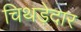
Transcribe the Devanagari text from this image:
चिथड़ेदार